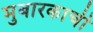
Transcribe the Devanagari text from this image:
मुबारकाची